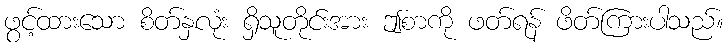
ဖွင့်ထားသော စိတ်နှလုံး ရှိသူတိုင်းအား ဤစာကို ဖတ်ရန် ဖိတ်ကြားပါသည်။